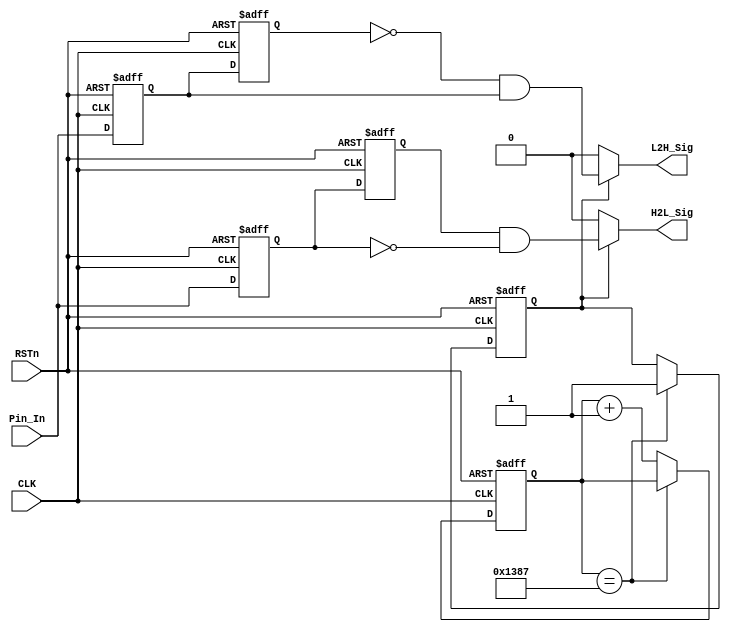
module detect_module 
(
    CLK, RSTn, Pin_In, H2L_Sig, L2H_Sig
);

    input CLK;
	 input RSTn;
	 input Pin_In;
	 output H2L_Sig;
	 output L2H_Sig;
	 
	 /**********************************/
	 
	 parameter T100US = 13'd4_999;//DB4CE1550MHz50M*0.0001-1=4999
	 
	 /**********************************/
	 
	 reg [12:0]Count1;
	 reg isEn;
	 
	 always @ ( posedge CLK or negedge RSTn )
	     if( !RSTn )
		      begin
		          Count1 <= 13'd0;
		          isEn <= 1'b0;
				end
	     else if( Count1 == T100US )
				isEn <= 1'b1;
		  else
		      Count1 <= Count1 + 1'b1;
				
    /********************************************/
	 
	 reg H2L_F1;
	 reg H2L_F2;
	 reg L2H_F1;
	 reg L2H_F2;
	 
	 always @ ( posedge CLK or negedge RSTn )
	     if( !RSTn )
		      begin
				    H2L_F1 <= 1'b1;
					 H2L_F2 <= 1'b1;
					 L2H_F1 <= 1'b0;
					 L2H_F2 <= 1'b0;
			   end
		  else
		      begin
					 H2L_F1 <= Pin_In; 
					 H2L_F2 <= H2L_F1;
					 L2H_F1 <= Pin_In;
					 L2H_F2 <= L2H_F1;
				end
				
    /***********************************/
	 

	 assign H2L_Sig = isEn ? ( H2L_F2 & !H2L_F1 ) : 1'b0;
	 assign L2H_Sig = isEn ? ( !L2H_F2 & L2H_F1 ) : 1'b0;

	 
	 /***********************************/
	 
endmodule